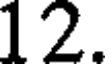
12.